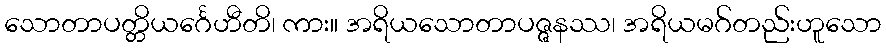
သောတာပတ္တိယင်္ဂေဟီတိ၊ ကား။ အရိယသောတာပဇ္ဇနဿ၊ အရိယမဂ်တည်းဟူသော